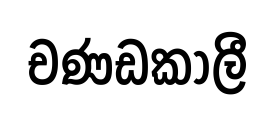
චණඩකාලී